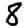
Digit: 8